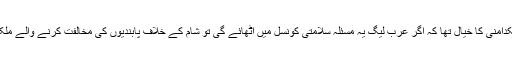
مصر کے دارالحکومت قاہرہ میں کونسل کی ایک ترجمان بسماء الکدامنی کا خیال تھا کہ اگر عرب لیگ یہ مسئلہ سلامتی کونسل میں اٹھائے گی تو شام کے خلاف پابندیوں کی مخالفت کرنے والے ملکوں چین اور روس کو اپنی حکمتِ عملی پر نظرثانی کرنا پڑے گا۔